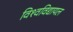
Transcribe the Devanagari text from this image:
विश्‍वविद्यायल